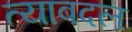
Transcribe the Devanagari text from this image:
त्याबदल